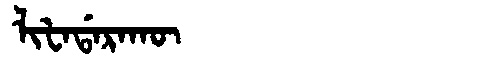
Manchu: ᠯᡳᡶᠠᡩᠠᡵᠠᡴᡡ
Romanization: LIFADARAKŪ